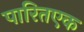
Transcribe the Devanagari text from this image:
पारितएक